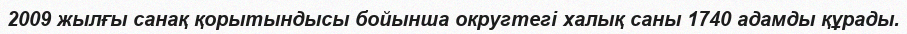
2009 жылғы санақ қорытындысы бойынша округтегі халық саны 1740 адамды құрады.